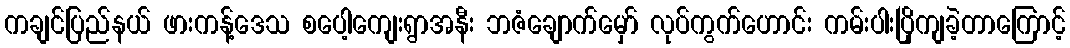
ကချင်ပြည်နယ် ဖားကန့်ဒေသ စပေါ့ကျေးရွာအနီး ဘဇံချောက်မှော် လုပ်ကွက်ဟောင်း ကမ်းပါးပြိုကျခဲ့တာကြောင့်